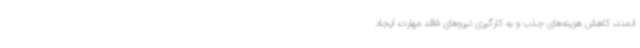
انمند، کاهش هزینه‌های جذب و به کارگیری نیروهای فاقد مهارت، ایجاد